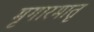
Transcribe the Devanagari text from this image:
मृगारमातृ